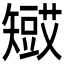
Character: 𥐋